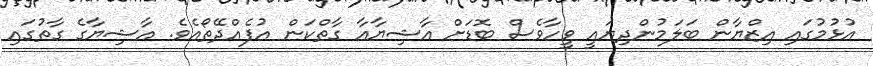
އުޅުމުގައި އިޒްޔާން ބަލަމުންދިޔައީ ވީހާވެސް ބޮޑަށް އާޝިޔާއާ ގާތްކަން އުފެއްދޭތޯއެވެ. އާޝިޔާގެ ގާތުގައި